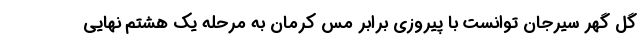
گل گهر سیرجان توانست با پیروزی برابر مس کرمان به مرحله یک هشتم نهایی